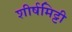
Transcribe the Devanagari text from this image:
शीर्षमिट्टी